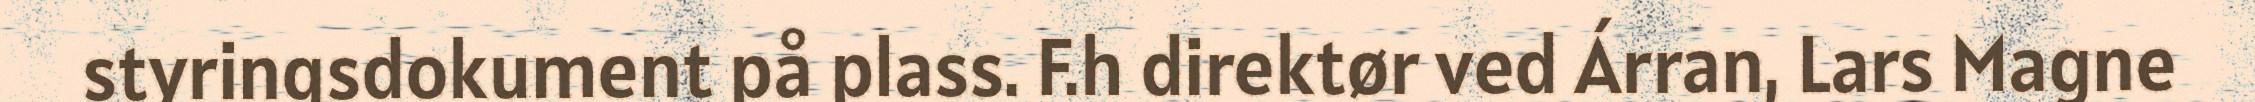
styringsdokument på plass. F.h direktør ved Árran, Lars Magne